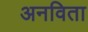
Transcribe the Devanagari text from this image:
अनविता